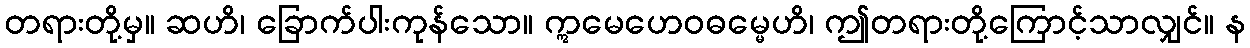
တရားတို့မှ။ ဆဟိ၊ ခြောက်ပါးကုန်သော။ ဣမေဟေဝဓမ္မေဟိ၊ ဤတရားတို့ကြောင့်သာလျှင်။ န